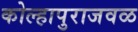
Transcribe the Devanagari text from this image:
कोल्हापुराजवळ